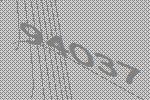
94037